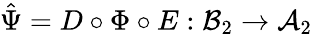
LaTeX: {\hat{\Psi}}=D\circ\Phi\circ E:{\mathcal{B}}_{2}\rightarrow{\mathcal{A}}_{2}